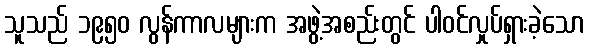
သူသည် ၁၉၅၀ လွန်ကာလများက အဖွဲ့အစည်းတွင် ပါဝင်လှုပ်ရှားခဲ့သော